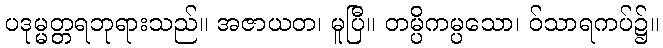
ပဒုမ္မတ္တရဘုရားသည်။ အဇာယတ၊ မူပြီ။ တမ္ပိကမ္ပသော၊ ဝ်သာရကပ်၌။